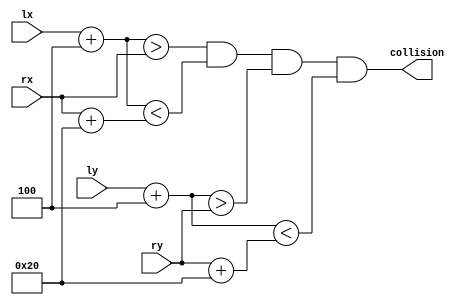
module colcheck
    (
    input wire [10:0]  lx,
    input wire [10:0]  ly,
    input wire [10:0]  rx,
    input wire [10:0]  ry,
    output wire  collision);
    
    assign collision = ((lx + 11'd4) > rx) && ((lx + 11'd4) < rx + 11'd32) && ((ly + 11'd4) > ry) && ((ly + 11'd4) < ry + 11'd32);
	 
endmodule